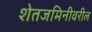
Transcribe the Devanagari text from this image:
शेतजमिनीवरील